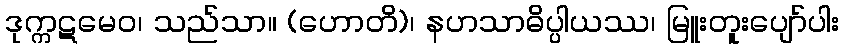
ဒုက္ကဋမေဝ၊ သည်သာ။ (ဟောတိ)၊ နဟသာဓိပ္ပါယဿ၊ မြူးတူးပျော်ပါး